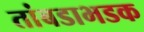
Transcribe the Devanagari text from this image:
तांबडाभडक